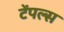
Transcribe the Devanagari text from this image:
टेंपल्स